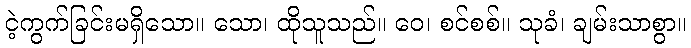
ငဲ့ကွက်ခြင်းမရှိသော။ သော၊ ထိုသူသည်။ ဝေ၊ စင်စစ်။ သုခံ၊ ချမ်းသာစွာ။